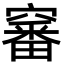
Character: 䆺